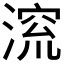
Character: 𪶷